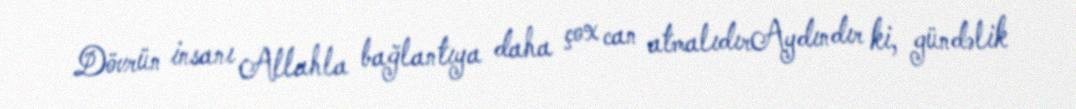
Dövrün insanı Allahla bağlantıya daha çox can atmalıdırAydındır ki, gündəlik